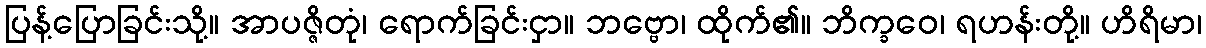
ပြန့်ပြောခြင်းသို့။ အာပဇ္ဇိတုံ၊ ရောက်ခြင်းငှာ။ ဘဗ္ဗော၊ ထိုက်၏။ ဘိက္ခဝေ၊ ရဟန်းတို့။ ဟိရိမာ၊